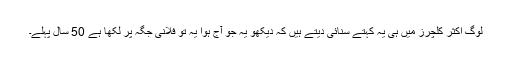
لوگ اکثر کلچرز میں ہی یہ کہتے سنائی دیتے ہیں کہ دیکھو یہ جو آج ہوا یہ تو فلانی جگہ پر لکھا ہے 50 سال پہلے۔